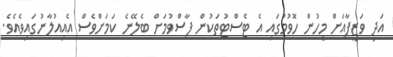
އަދި ވަޒީފާއަށް މީހުން ހޮވުމުގައި އެ ޓެސްޓުތަކުން ފާސްވުމަށް ބެލޭނެ ކަމަށްވެސް އެއިއުލާނުގައިވެއެވެ.